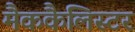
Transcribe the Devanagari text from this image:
मैककैलिस्टर